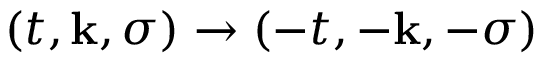
( t , \mathbf { k } , \sigma ) \rightarrow ( - t , - \mathbf { k } , - \sigma )